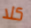
كلا